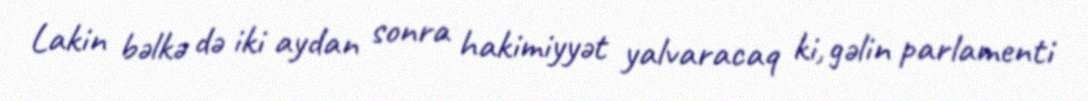
Lakin bəlkə də iki aydan sonra hakimiyyət yalvaracaq ki, gəlin parlamenti